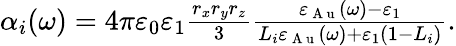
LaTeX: \begin{array}{r}{\alpha_{i}(\omega)=4\pi\varepsilon_{0}\varepsilon_{1}\frac{r_{x}r_{y}r_{z}}{3}\frac{\varepsilon_{\mathrm{~A~u~}}(\omega)-\varepsilon_{1}}{L_{i}\varepsilon_{\mathrm{~A~u~}}(\omega)+\varepsilon_{1}(1-L_{i})}.}\end{array}